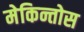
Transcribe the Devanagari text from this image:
मेकिन्तोस